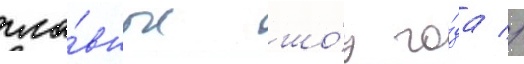
гла́вные шо́у го́да //